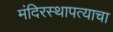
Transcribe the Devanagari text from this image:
मंदिरस्थापत्याचा